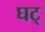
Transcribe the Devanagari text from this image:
घट्